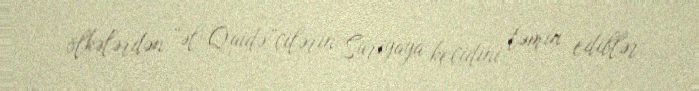
ölkələrdən “əl-Qaidə”çilərin Suriyaya keçidini təmin ediblər.